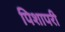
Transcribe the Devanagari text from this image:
पिशापरी